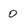
Character: 0